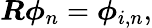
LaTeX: \boldsymbol{R}\boldsymbol{\phi}_{n}=\boldsymbol{\phi}_{i,n},